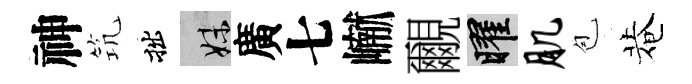
神𥬑拙妹廣七𪩘覼曜肌苞菴